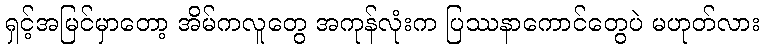
ရှင့်အမြင်မှာတော့ အိမ်ကလူတွေ အကုန်လုံးက ပြဿနာကောင်တွေပဲ မဟုတ်လား